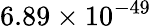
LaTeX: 6.89\times 10^{-49}